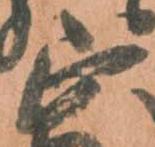
正